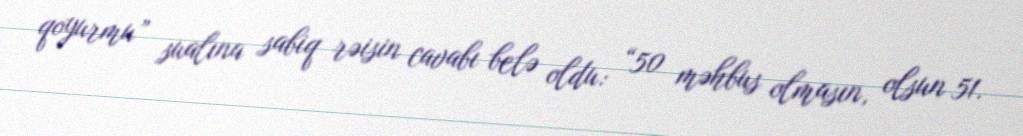
qoyurmu” sualına sabiq rəisin cavabı belə oldu: “50 məhbus olmasın, olsun 51.